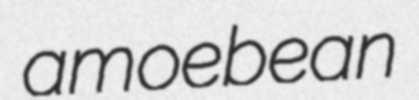
amoebean